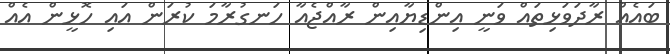
ބައެއް ރާދަވަޅިތައް ވަނީ އިންޑިޔާއިން ރާއްޖެއާ ހަނގުރާމަ ކުރަން އައި ހޮޅީން އެއް